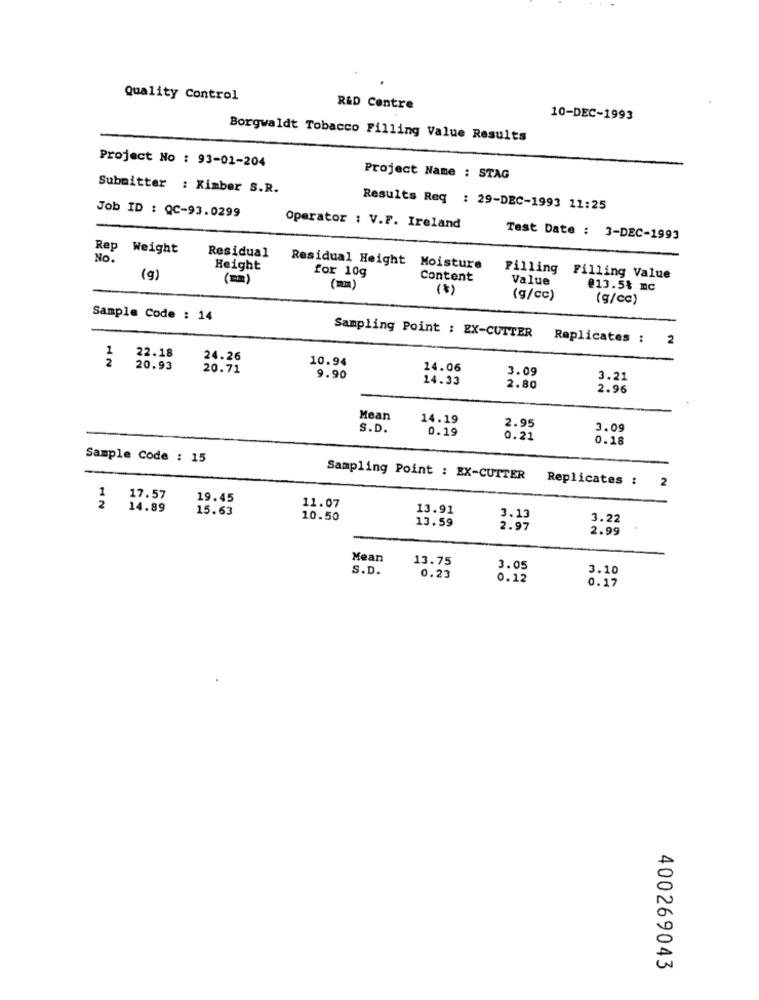
Quality Control
R&D Centre
10-DEC-1993
Borgwaldt Tobacco Filling Value Results
Project No : 93-01-204
Project Name : STAG
Submitter : Kimber S.R.
Job ID : QC-93.0299
Results Req : 29-DEC-1993 11:25
Operator : V.F. Ireland
Test Date : 3-DEC-1993
Rep
Weight
No.
Residual
Height
Residual Height Moisture
for 10g
(9)
(mm)
Content
Filling Filling Value
Value
(*)
@13.5% mc
(g/cc)
(g/cc)
Sample Code : 14
Sampling Point : EX-CUTTER
Replicates
2
1
2
22.18
24.26
10.94
20.93
20.71
14.06
3.09
9.90
14.33
3.21
2.80
2.96
Mean
14.19
S.D.
0.19
2.95
3.09
0.21
0.18
Sample Code : 15
Sampling Point : EX-CUTTER
Replicates :
2
17.57
19.45
12
14.89
15.63
11.07
13.91
10.50
13.59
3.13
3.22
2.97
2.99
Mean
13.75
S.D.
3.05
3.10
0.23
0.12
0.17
400269043